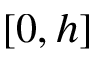
[ 0 , h ]